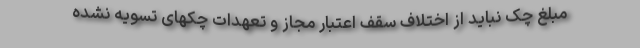
مبلغ چک نباید از اختلاف سقف اعتبار مجاز و تعهدات چکهای تسویه نشده